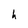
Character: h